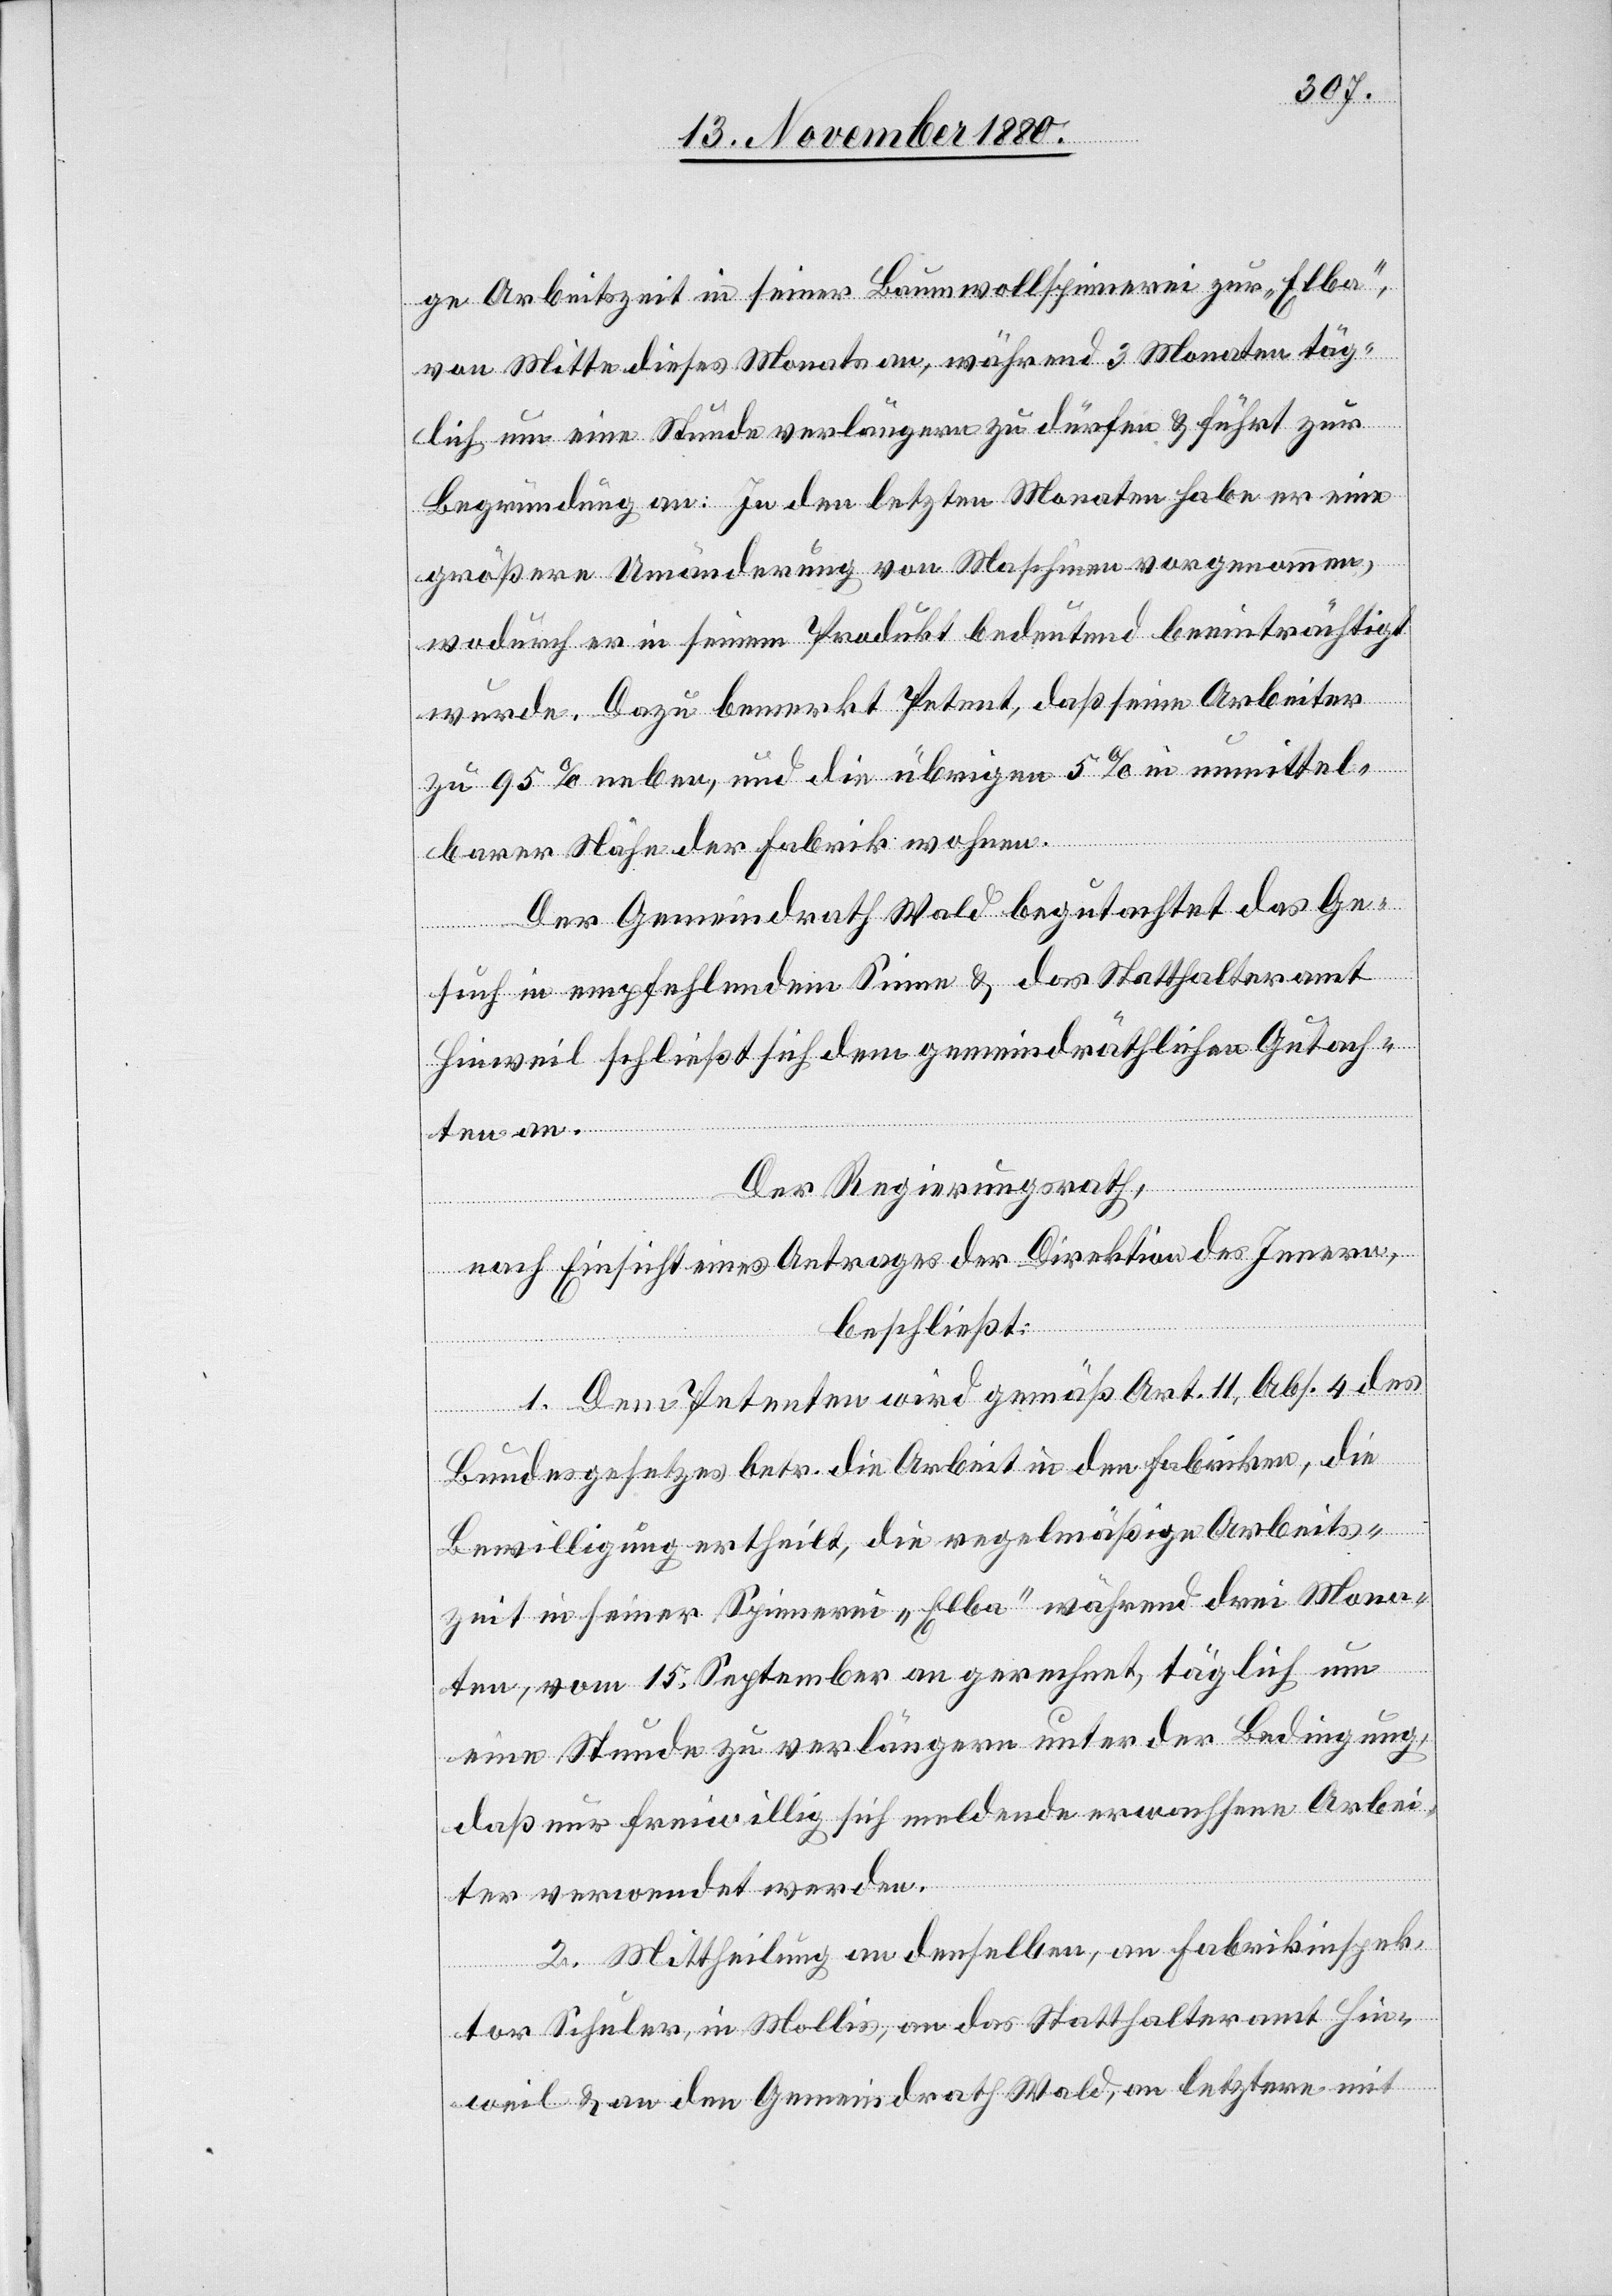
ge Arbeitszeit in seiner Baumwollspinnerei zur „Elba“,
von Mitte dieses Monats an, während 3 Monaten täg¬
lich um eine Stunde verlängern zu dürfen & führt zur
Begründung an: In den letzten Monaten habe er eine
größere Umänderung von Maschinen vorgenommen,
wodurch er in seinem Produkt bedeutend beeinträchtigt
wurde. Dazu bemerkt Petent, daß seine Arbeiter
zu 95% neben, und die übrigen 5% in unmittel¬
barer Nähe der Fabrik wohnen.
Der Gemeindrath Wald begutachtet das Ge¬
such in empfehlendem Sinne & das Statthalteramt
Hinweil schließt sich dem gemeindräthlichen Gutach¬
ten an.
Der Regierungsrath,
nach Einsicht eines Antrages der Direktion des Innern,
beschließt:
1. Dem Petenten wird gemäß Art. 11, Abs. 4 des
Bundesgesetzes betr. die Arbeit in den Fabriken, die
Bewilligung ertheilt, die regelmäßige Arbeits¬
zeit in seiner Spinnerei „Elba“ während drei Mona¬
ten, vom 15. September an gerechnet, täglich um
eine Stunde zu verlängern unter der Bedingung,
daß nur freiwillig sich meldende erwachsene Arbei¬
ter verwendet werden.
2. Mittheilung an denselben, an Fabrikinspek¬
tor Schuler, in Mollis, an das Statthalteramt Hin¬
weil & an den Gemeindrath Wald, an letztern mit